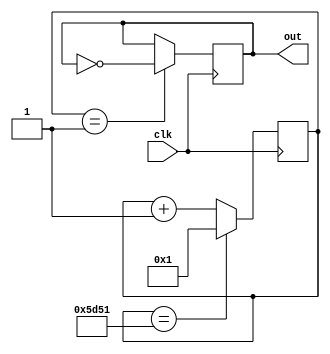
module HighC (clk, out);
	input clk;
	output out;
	
reg[15:0] clkDivider = 23889;
reg[15:0] counter;

always @(posedge clk)
	if(counter == clkDivider)
		counter <= 1;
	else counter <= counter + 1;
	
reg out;
always @(posedge clk)
	if(counter == 1)
		out <= ~out;

endmodule